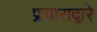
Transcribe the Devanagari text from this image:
प्रचाराद्वारे